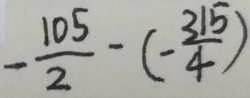
- \frac { 1 0 5 } { 2 } - ( - \frac { 3 1 5 } { 4 } )